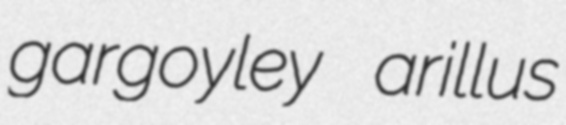
gargoyley arillus